Voru_kinnistusamet, lk 12
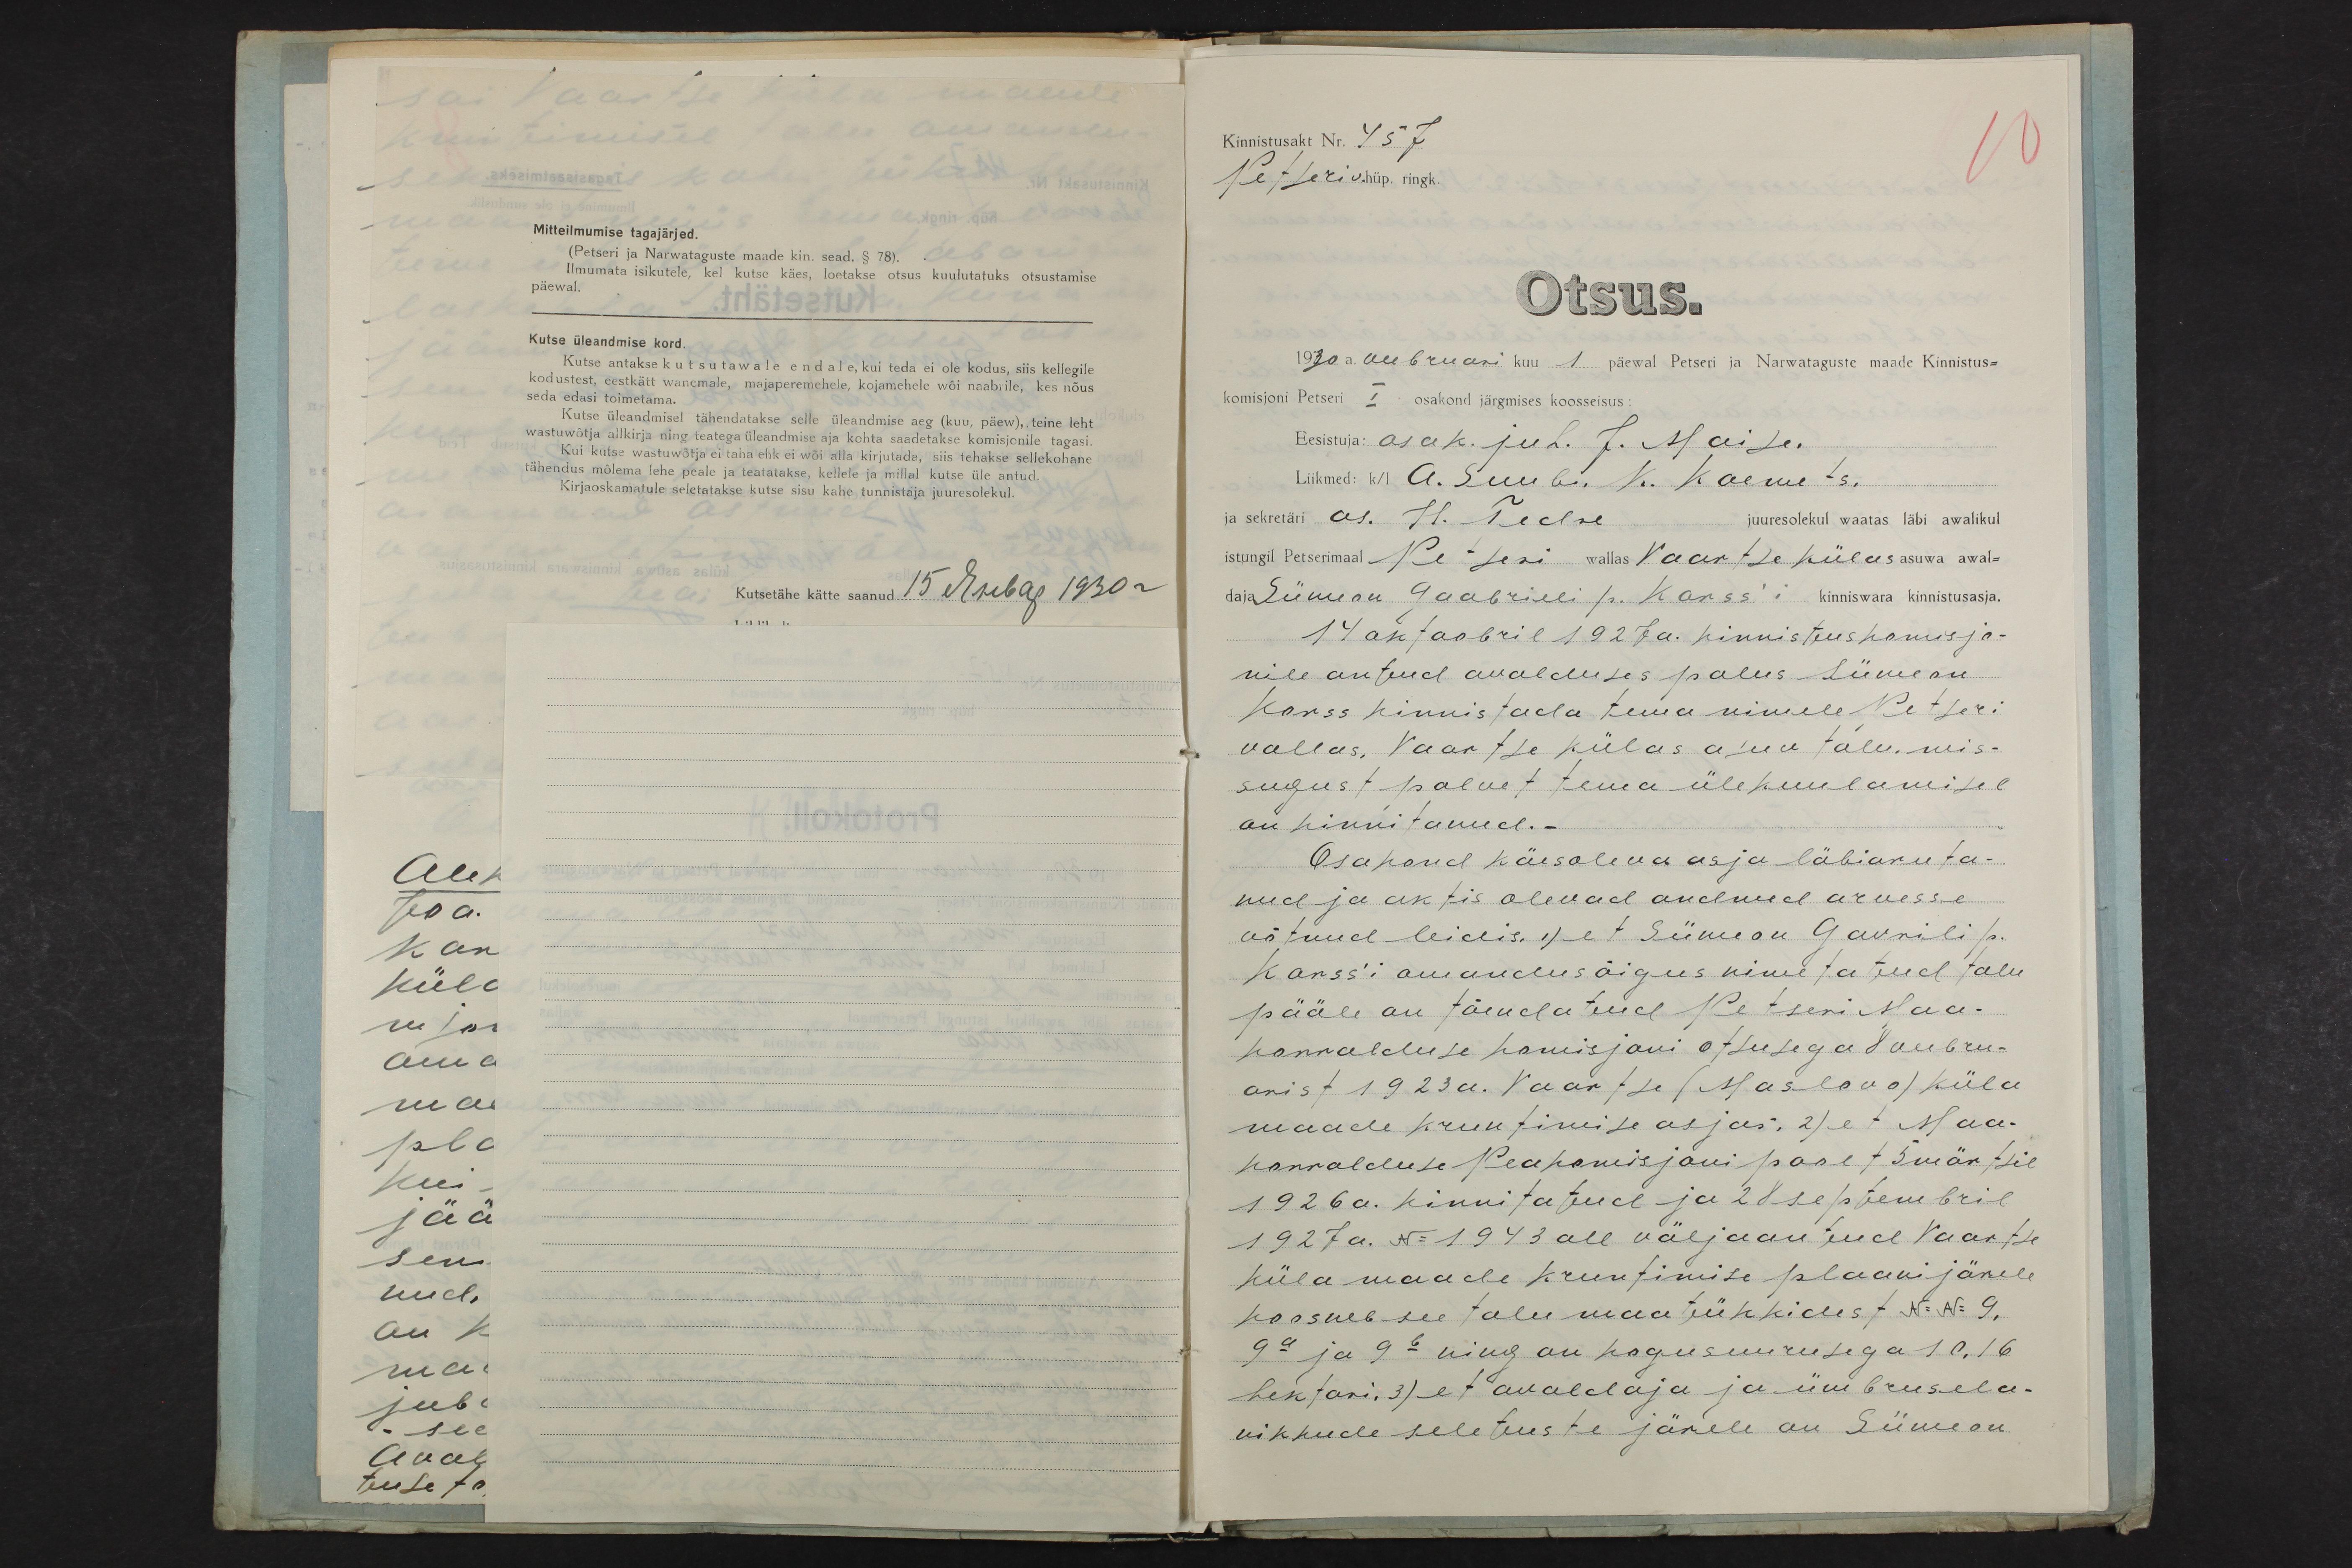
Mitteilmumise tagajärjed.
(Petseri ja Narwataguste maade kin. sead. § 78).
Ilmumata isikutele, kel kutse käes, loetakse otsus kuulutatuks otsustamise
päewal.
Kutse üleandmise kord.
Kutse antakse kutsutawale endale, kui teda ei ole kodus, siis kellegile
kodustest, eestkätt wanemale, majaperemehele, kojamehele wõi naabrile, kes nõus
seda edasi toimetama.
Kutse üleandmisel tähendatakse selle üleandmise aeg (kuu, päew), teine leht
wastuwõtja allkirja ning teatega üleandmise aja kohta saadetakse komisjonile tagasi.
Kui kutse wastuwõtja ei taha ehk ei wõi alla kirjutada, siis tehakse sellekohane
tähendus mõlema lehe peale ja teatatakse, kellele ja millal kutse üle antud.
Kirjaoskamatule seletatakse kutse sisu kahe tunnistaja juuresolekul.
Kutsetähe kätte saanud

Kinnistusakt Nr. 457
Petseri v. hüp. ringk.
10
Otsus.
1930 a. veebruari kuu 1 päewal Petseri ja Narwataguste maade Kinnistus-
komisjoni Petseri I osakond järgmises koosseisus:
Eesistuja: osak. juh. J. Maise.
Liikmed: k/l A. Suubi, K. Koemets,
ja sekretäri as. H. Tedre juuresolekul waatas läbi awalikul
istungil Petserimaal Petseri wallas Vaartse külas asuwa awal-
daja Siimeon Gaabrieli p. Korss´i kinniswara kinnistusasja.
14 oktoobril 1927 a. kinnistuskomisjo-
nile antud avalduses palus Siimeon
Korss kinnistada tema nimele Petseri
vallas, Vaartse külas asuv talu, mis-
sugust palvet tema ülekuulamisel
on kinnitanud.-
Osakond käesoleva asja läbiaruta-
nud ja aktis olevad andmed arvesse
võtnud leidis, 1) et Siimeon Gavrili p.
Korss´i omandusõigus nimetatud talu
pääle on tõendatud Petseri Maa-
korralduse komisjoni otsusega 8 veebru-
arist 1923a. Vaartse (Maslovo) küla
maade kruntimise asjas; 2) et Maa-
korralduse Peakomisjoni poolt 5 märtsil
1926 a. kinnitatud ja 28 septembril
1927 a. N: 1943 all väljaantud Vaartse
küla maade kruntimise plaani järele
koosneb see talu maatükkidest N: N: 9,
9a ja 9b ning on kogusuurusega 10,16
hektari, 3) et avaldaja ja ümbrusela-
nikkude seletuste järele on Siimeon